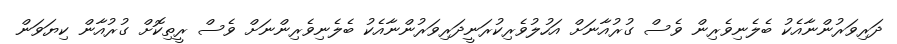
ދަރިވަރުންނާއެކު ބެލެނިވެރިން ވެސް ގުރުއާނަށް އަހުލުވެރިކުރަނީދަރިވަރުންނާއެކު ބެލެނިވެރިންނަށް ވެސް ރީތިކޮށް ގުރުއާން ކިޔަވަން